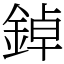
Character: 鋽